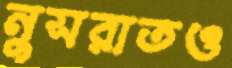
নুসরাতও